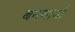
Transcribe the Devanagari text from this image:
बनणार्या